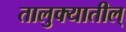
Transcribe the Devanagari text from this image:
तालुक्यातील्